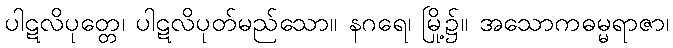
ပါဋလိပုတ္တေ၊ ပါဋလိပုတ်မည်သော။ နဂရေ၊ မြို့၌။ အသောကဓမ္မရာဇာ၊